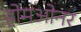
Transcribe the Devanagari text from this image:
होमओनर